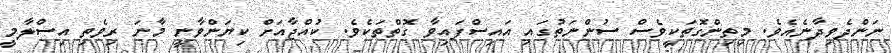
ނަންދެވިދާނެއެވެ. މިތިންގޮތަކީވެސް ސުންނަތުގައި އައިސްފައިވާ ގޮތްތަކެވެ. ކުއްޖާއަށް ކިޔަންވާނީ މާނަ ރިވެތި އިސްލާމީ